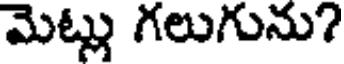
మెట్లు గలుగును?